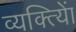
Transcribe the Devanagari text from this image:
व्यक्त्याेिं